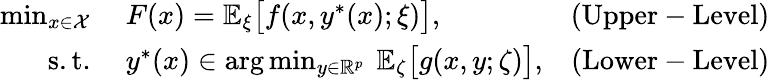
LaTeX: \begin{array}{rlr}{\operatorname*{min}_{x\in\mathcal{X}}}&{\ F(x)=\mathbb{E}_{\xi}\big[f(x,y^{*}(x);\xi)\big],}&{\mathrm{(Upper-Level)}}\\ {\mathrm{s.t.}}&{\ y^{*}(x)\in\arg\operatorname*{min}_{y\in\mathbb{R}^{p}}\ \mathbb{E}_{\zeta}\big[g(x,y;\zeta)\big],}&{\mathrm{(Lower-Level)}}\end{array}